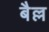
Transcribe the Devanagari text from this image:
बैल्ल